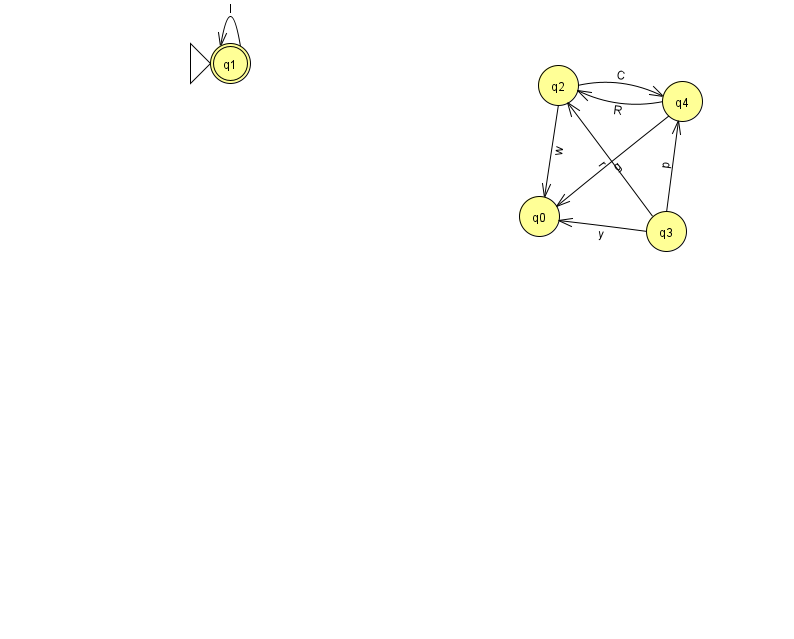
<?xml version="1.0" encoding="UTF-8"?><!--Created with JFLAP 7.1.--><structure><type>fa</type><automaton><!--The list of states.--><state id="0" name="q0"><x>539.0</x><y>203.0</y></state><state id="1" name="q1"><x>230.0</x><y>50.0</y><initial/><final/></state><state id="2" name="q2"><x>558.0</x><y>72.0</y></state><state id="3" name="q3"><x>666.0</x><y>218.0</y></state><state id="4" name="q4"><x>682.0</x><y>88.0</y></state><!--The list of transitions.--><transition><from>4</from><to>0</to><read>g</read></transition><transition><from>3</from><to>2</to><read>r</read></transition><transition><from>3</from><to>0</to><read>y</read></transition><transition><from>2</from><to>0</to><read>w</read></transition><transition><from>3</from><to>4</to><read>p</read></transition><transition><from>2</from><to>4</to><read>C</read></transition><transition><from>4</from><to>2</to><read>R</read></transition><transition><from>1</from><to>1</to><read>l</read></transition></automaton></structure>